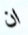
ان